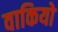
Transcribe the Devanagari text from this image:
वाकियो